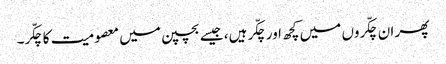
پھر ان چکّروں میں کچھ اور چکّر ہیں، جیسے بچپن میں معصومیت کا چکّر۔